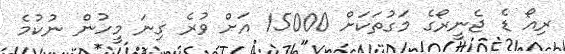
ރިއޯ ޑެ ޖެނީރޯގެ މަގުތަކަށް 15000 އަށް ވުރެ ގިނަ މީހުން ނުކުމެ